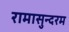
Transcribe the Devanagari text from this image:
रामासुन्दरम